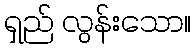
ရှည် လွန်းသော။